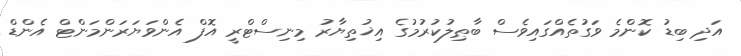
އަދި ބިޑު ކޮންމެ ވަގުތެއްގައިވެސް ބާޠިލުކުރުމުގެ އިޚުތިޔާރު މިނިސްޓްރީ އޮފް އެންވަޔަރަންމަންޓް އެންޑް